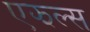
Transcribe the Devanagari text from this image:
एझल्स